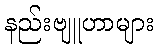
နည်းဗျူဟာများ